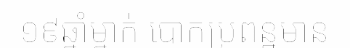
១៩ឆ្នាំម្នាក់ បោកប្រពន្ឋមាន